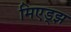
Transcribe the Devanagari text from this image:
मिएड्झ